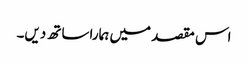
اس مقصد میں ہمارا ساتھ دیں۔